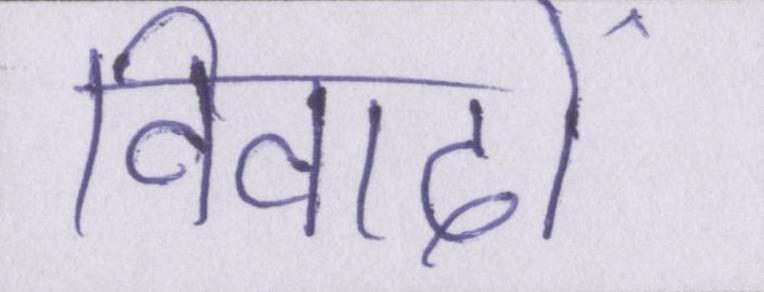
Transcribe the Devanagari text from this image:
विवादों